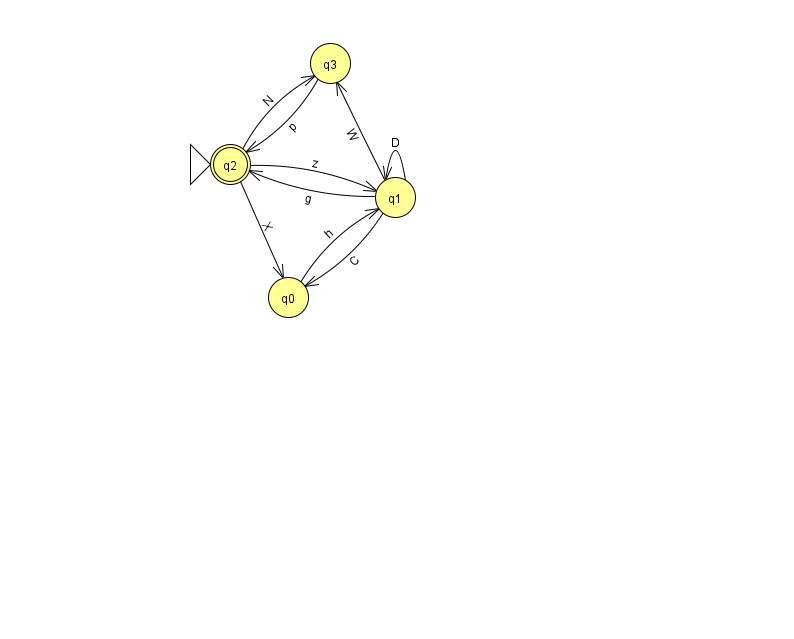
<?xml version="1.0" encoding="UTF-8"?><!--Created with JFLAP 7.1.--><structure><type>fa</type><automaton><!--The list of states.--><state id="0" name="q0"><x>288.0</x><y>284.0</y></state><state id="1" name="q1"><x>395.0</x><y>184.0</y></state><state id="2" name="q2"><x>230.0</x><y>151.0</y><initial/><final/></state><state id="3" name="q3"><x>330.0</x><y>50.0</y></state><!--The list of transitions.--><transition><from>3</from><to>2</to><read>p</read></transition><transition><from>2</from><to>1</to><read>z</read></transition><transition><from>1</from><to>1</to><read>D</read></transition><transition><from>0</from><to>1</to><read>h</read></transition><transition><from>2</from><to>0</to><read>X</read></transition><transition><from>1</from><to>0</to><read>C</read></transition><transition><from>1</from><to>3</to><read>W</read></transition><transition><from>1</from><to>2</to><read>g</read></transition><transition><from>2</from><to>3</to><read>N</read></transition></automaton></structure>